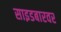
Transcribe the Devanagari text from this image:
साइडबारवर